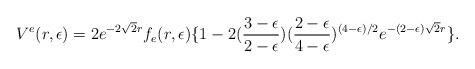
LaTeX: \begin{align*}V^e(r,\epsilon) = 2 e^{- 2 \sqrt 2 r} f_e (r,\epsilon) \{ 1- 2({3-\epsilon\over 2-\epsilon})({2-\epsilon \over 4-\epsilon})^{(4-\epsilon)/2}e^{- (2-\epsilon) \sqrt 2 r}\}.\end{align*}